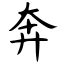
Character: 奔